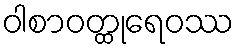
ဝါစာဝတ္ထုရေဝဿ